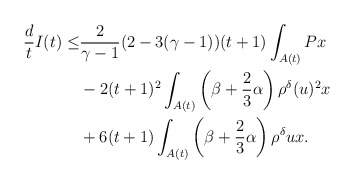
\begin{align*}\frac{d}{t}I(t)\leq & \frac{2}{\gamma-1}(2-3(\gamma-1))(t+1)\int_{A(t)}Px\\&-2(t+1)^2\int_{A(t)}\left(\beta+\frac{2}{3}\alpha\right)\rho^\delta( u)^2x\\&+6(t+1)\int_{A(t)} \left(\beta+\frac{2}{3}\alpha\right)\rho^\delta ux.\end{align*}